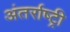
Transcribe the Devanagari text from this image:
अंतर्राष्ट्री